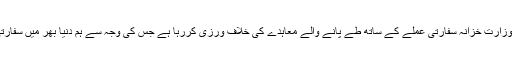
اسرائیلی وزارت خارجہ کا کہنا ہے کہ وزارت خزانہ سفارتی عملے کے ساتھ طے پانے والے معاہدے کی خلاف ورزی کررہا ہے جس کی وجہ سے ہم دنیا بھر میں سفارتی مشن بند کرنے پر مجبور ہوگئے ہیں۔